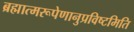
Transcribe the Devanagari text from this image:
ब्रह्मात्मरूपेणानुप्रविष्टमिति